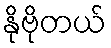
နိုဗိုတယ်